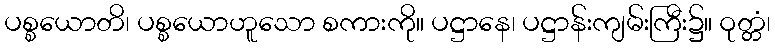
ပစ္စယောတိ၊ ပစ္စယောဟူသော စကားကို။ ပဋ္ဌာနေ၊ ပဋ္ဌာန်းကျမ်းကြီး၌။ ဝုတ္တံ၊